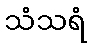
သံသရံ